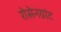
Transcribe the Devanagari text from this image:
रोसेनग्रांट